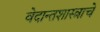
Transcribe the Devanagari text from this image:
वेदान्तशास्त्राचे